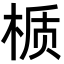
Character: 𬃊